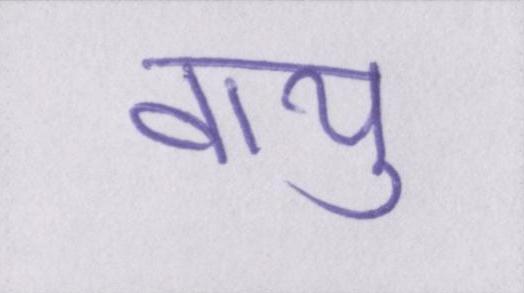
वायु